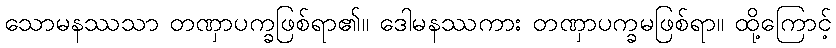
သောမနဿသာ တဏှာပက္ခဖြစ်ရာ၏။ ဒေါမနဿကား တဏှာပက္ခမဖြစ်ရာ။ ထို့ကြောင့်